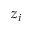
z _ { i }